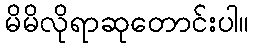
မိမိလိုရာဆုတောင်းပါ။